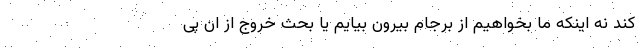
کند نه اینکه ما بخواهیم از برجام بیرون بیایم یا بحث خروج از ان پی